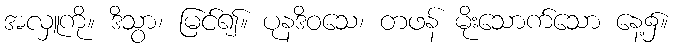
အလှူကို။ ဒိသွာ၊ မြင်၍။ ပုနဒိဝသေ၊ တဖန် မိုးသောက်သော နေ့၌။